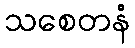
သစေတနံ